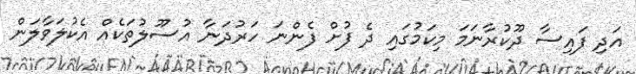
އަދި ފައިސާ ދޫކުރާނަމަ މިކަމުގައި ދެ ފުށް ފެންނަ ހަރުދަނާ އުސޫލުތަކެއް އެކުލަވާލަން